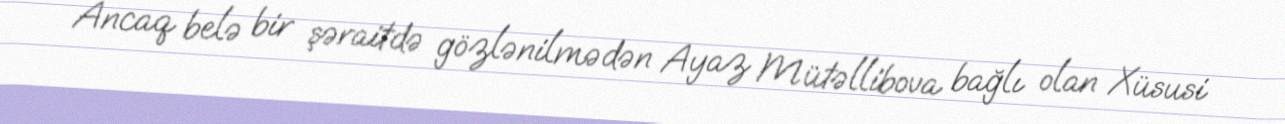
Ancaq belə bir şəraitdə gözlənilmədən Ayaz Mütəllibova bağlı olan Xüsusi